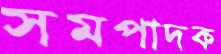
সমপাদক